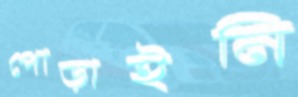
পোড়াইনি